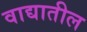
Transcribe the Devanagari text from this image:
वाद्यातील